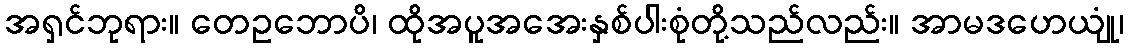
အရှင်ဘုရား။ တေဥဘောပိ၊ ထိုအပူအအေးနှစ်ပါးစုံတို့သည်လည်း။ အာမဒဟေယျုံ၊